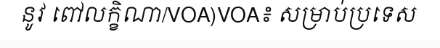
នូវ ពៅលក្ខិណា/VOA)VOA៖ សម្រាប់ប្រទេស